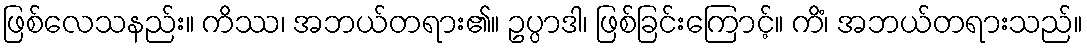
ဖြစ်လေသနည်း။ ကိဿ၊ အဘယ်တရား၏။ ဥပ္ပာဒါ၊ ဖြစ်ခြင်းကြောင့်။ ကိံ၊ အဘယ်တရားသည်။